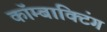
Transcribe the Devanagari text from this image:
कॉम्बाक्टिंग